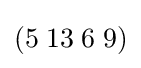
(5\;13\;6\;9)